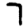
Digit: 7